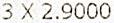
3 X 2.9000